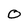
Character: O